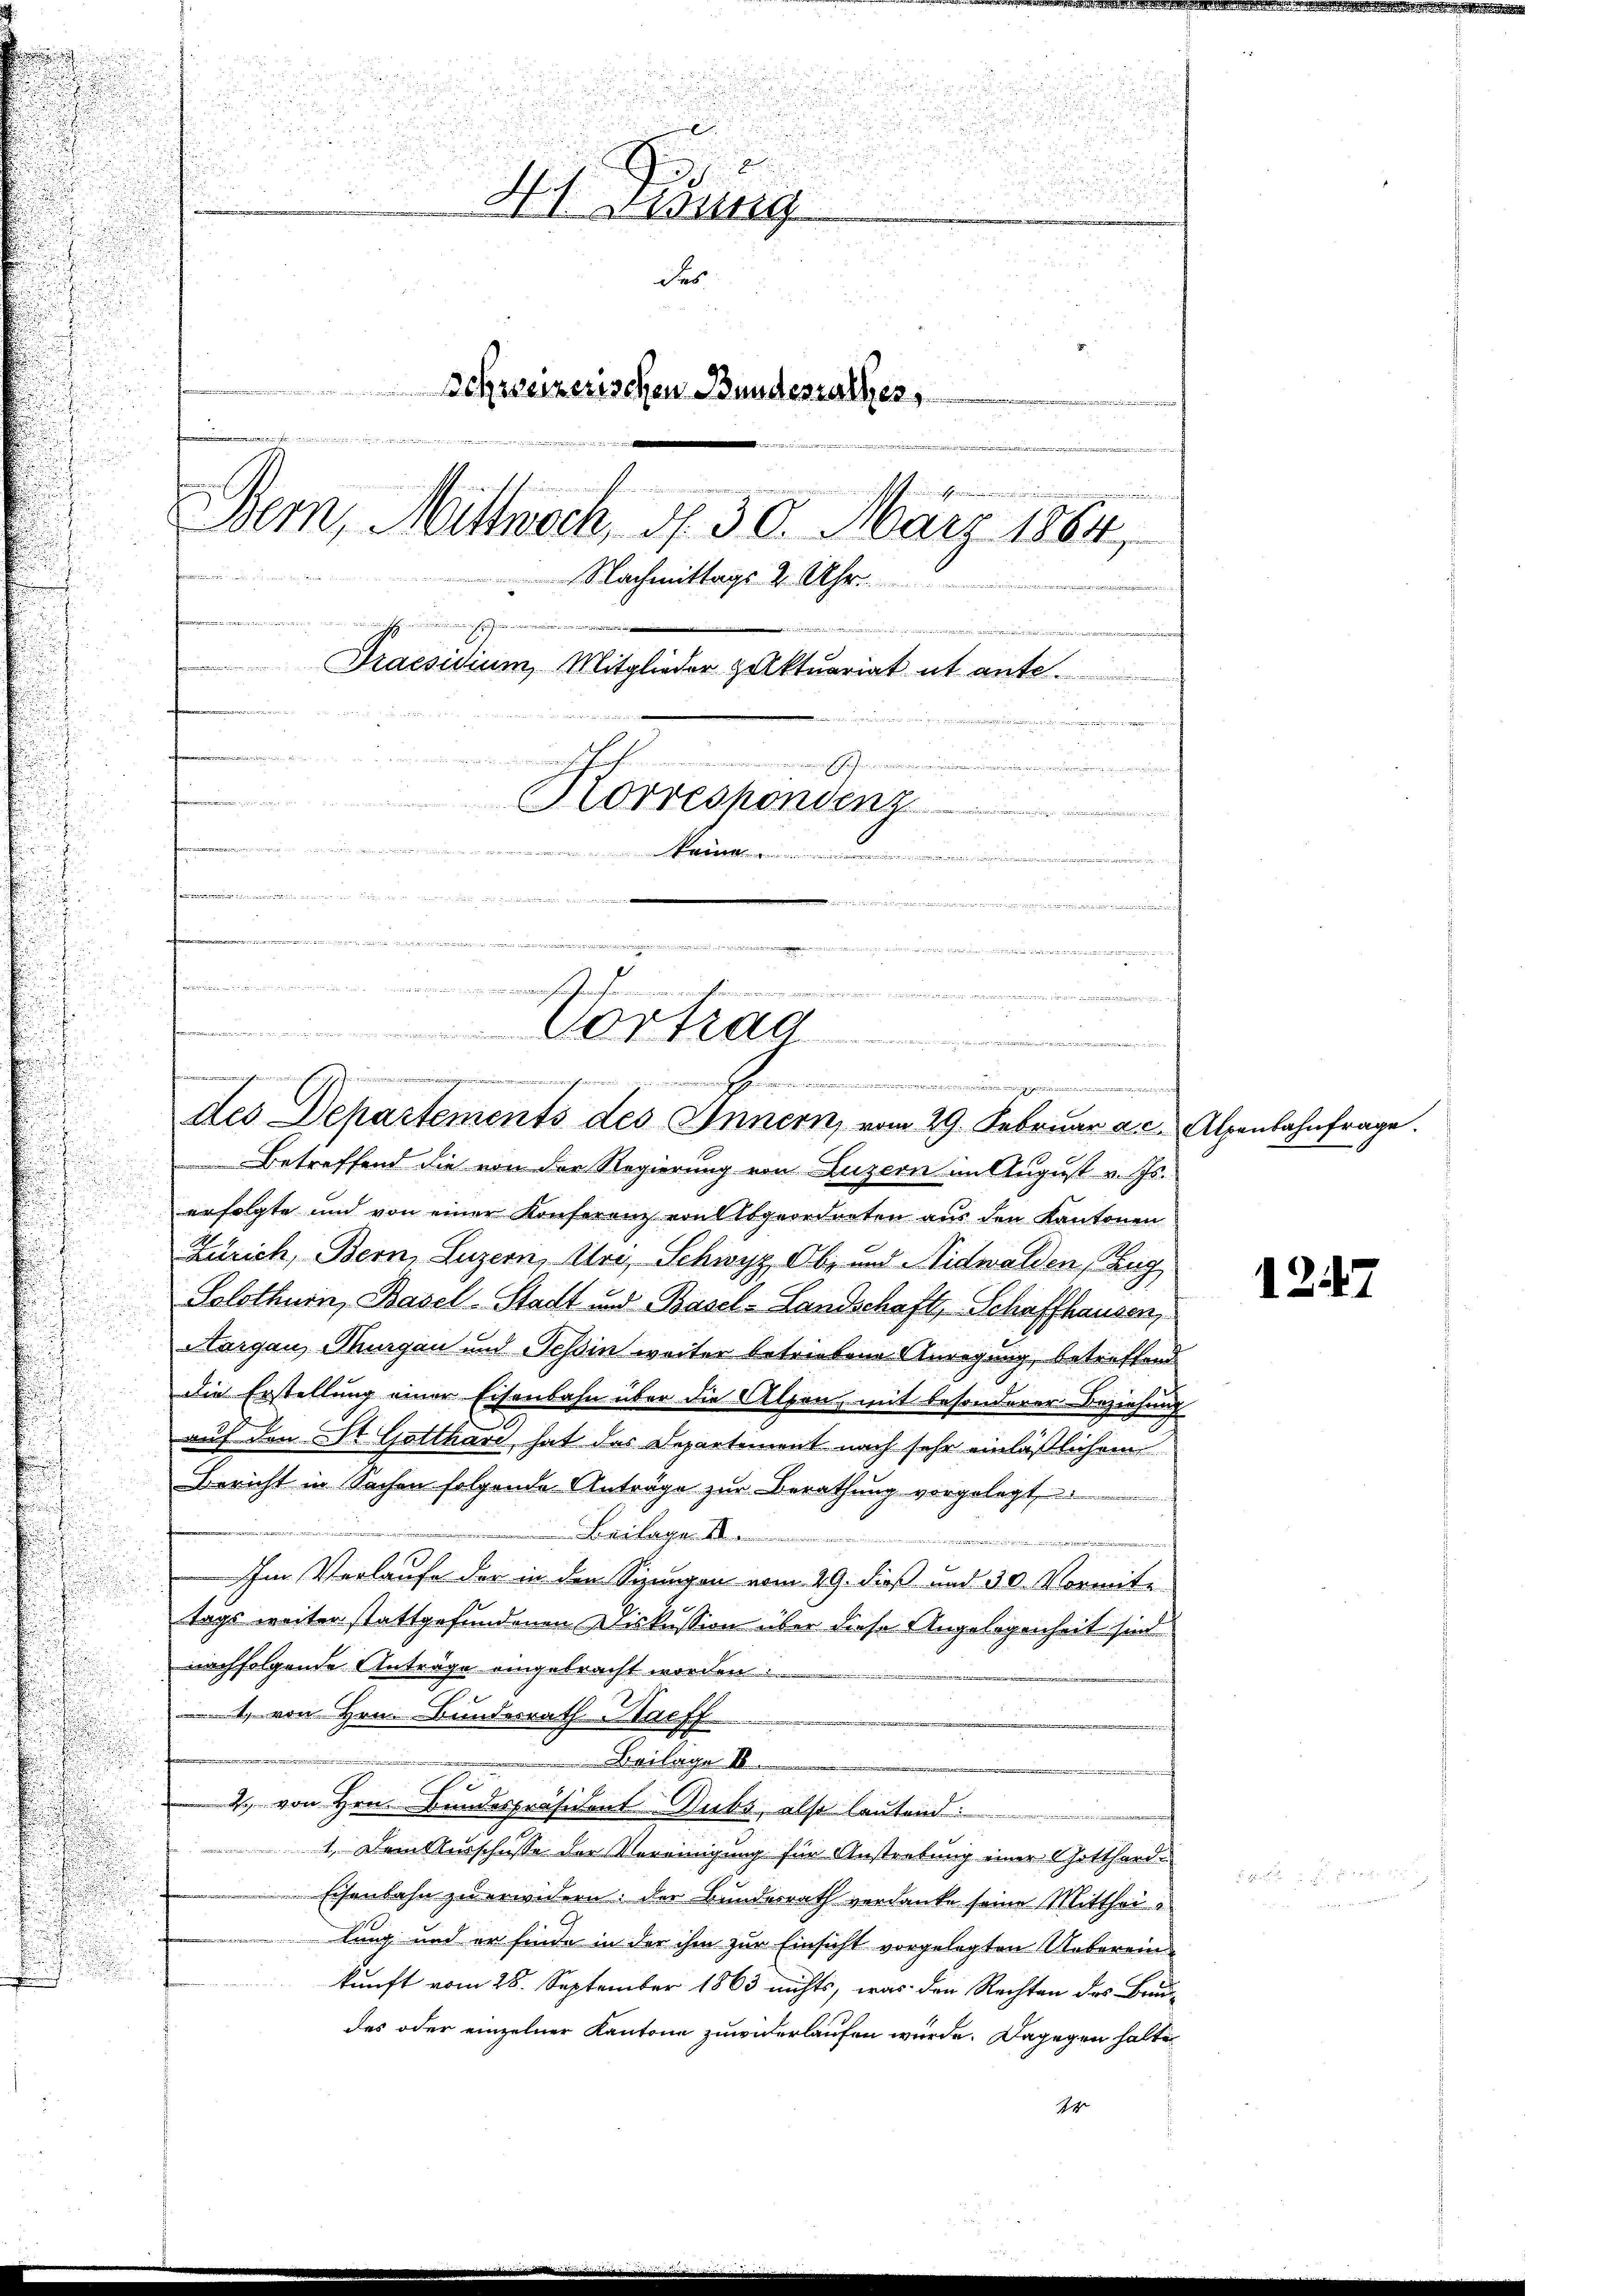
N 1. Bising
des
Schweizerischen Bundesrathes,
 ihre Aus dies und sie die w
fferen.

Bern, Mittwoch, d. 30. März 1864,
f
Nachmittags 2 Uhr.
.
.
Praesidium, Mitglieder Hulktuariat ut ante.
t
dheit a
s
Korrespondenz

m nun den an er er angen an un
 auch gen
 We

.....................
9
g
des Departements des Innern, vom 29. Februar a. c. Alpenbahnfrage.

Betreffend die von der Regierung von Luzern im August v. Js.
erfolgte und von einer Konferenz von Abgeordneten aus den Kantonen
Zürich, Bern, Luzern, Uri, Schwyz, Ob- und Nidwalden, Zug
Solothurn, Basel-Stadt und Basel-Landschaft, Schaffhausen,
Nargau, Thurgau und Tessin weiter betriebene Anregung, betreffend
Die Erstellung einer Eisenbahn über die Alpen, mit besonderer Beziehung
auf den 21t Gotthard hat das Departement nach sehr einläßlichem
Bericht in Sachen folgende Anträge zur Berathung vorgelegt
Beilage
e
Im Verlaufe der in den Sizungen vom 29. dieß und 30. Vormite
tags weiter stattgefundenen Diskussion über diese Angelegenheit sind
nachfolgende Anträge eingebracht worden.
1 von Hrn. Bundesrath Saeff
n der den
Beilage

2. von Hrn. Bundespräsident Dubs, also lautend:
1. Dem Ausschusse der Vereinigung für Anstrebung einer Gotthard¬
Eisenbahn zu erwidern: der Bundesrath verdanke seine Mittheilung und er finde in der ihm zur Einsicht vorgelegten Unterein
kunft vom 28. September 1863 nichts, was den Rechten des Bau-
des oder einzelner Kantone zuwiderlaufen würde. Dagegen halte
r

i

1247